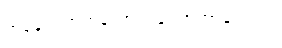
တစ်ခုလောက်တော့ ဝယ်လာတာချည်းပဲ။